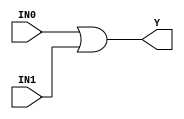
//------------------------------------------------------
// Copyright 1992, 1993 Cascade Design Automation Corporation.
//------------------------------------------------------
module stdor2(IN0,IN1,Y);
  parameter
        d_IN0_r = 0,
        d_IN0_f = 0,
        d_IN1_r = 0,
        d_IN1_f = 0,
        d_Y_r = 1,
        d_Y_f = 1;
  input  IN0;
  input  IN1;
  output  Y;
  wire  IN0_temp;
  wire  IN1_temp;
  reg  Y_temp;
  assign #(d_IN0_r,d_IN0_f) IN0_temp = IN0;
  assign #(d_IN1_r,d_IN1_f) IN1_temp = IN1;
  assign #(d_Y_r,d_Y_f) Y = Y_temp;
  always
    @(IN0_temp or IN1_temp)
      begin
      Y_temp = (IN0_temp | IN1_temp);
      end
endmodule